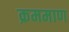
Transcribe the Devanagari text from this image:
क्रममाण